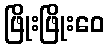
ဖြိုးဖြိုးဝေ